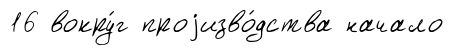
16 вокру́г проjизво́дства начало